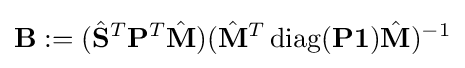
\mathbf {B} :=({\hat {\mathbf {S} }}^{T}\mathbf {P} ^{T}{\hat {\mathbf {M} }})({\hat {\mathbf {M} }}^{T}\operatorname {diag} (\mathbf {P} \mathbf {1} ){\hat {\mathbf {M} }})^{-1}